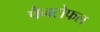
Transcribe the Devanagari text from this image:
पैनटोफल